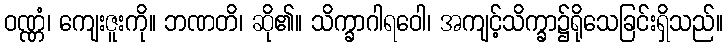
ဝဏ္ဏံ၊ ကျေးဇူးကို။ ဘဏတိ၊ ဆို၏။ သိက္ခာဂါရဝေါ၊ အကျင့်သိက္ခာ၌ရိုသေခြင်းရှိသည်။